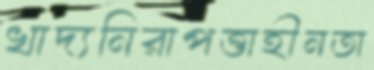
খাদ্যনিরাপত্তাহীনতা